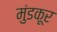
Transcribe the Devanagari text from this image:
मुंडकूर